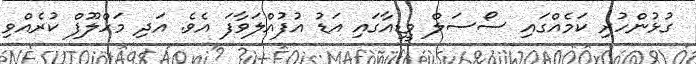
ގުޅުންހުރި ކަމެއްގައި ސޯސަލް މީޑިއާގައި އަޑު އުފުއްލަވާފަ އެވެ. އަދި މަހްލޫފް ކުރެއްވި